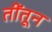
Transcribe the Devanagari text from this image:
तींतून